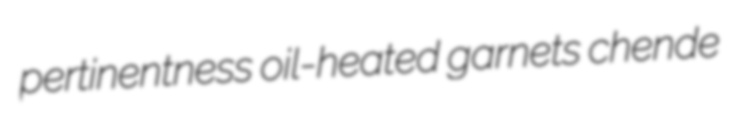
pertinentness oil-heated garnets chende